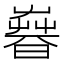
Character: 𣊨